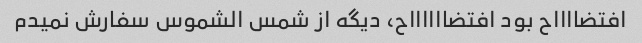
افتضااااح بود افتضااااااح، دیگه از شمس الشموس سفارش نمیدم